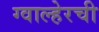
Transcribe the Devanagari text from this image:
ग्वाल्हेरची